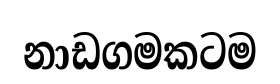
නාඩගමකටම